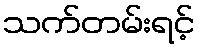
သက်တမ်းရင့်